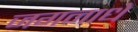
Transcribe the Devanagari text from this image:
जगनाधे